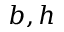
b , h